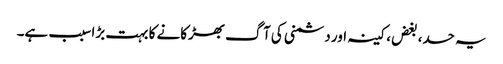
یہ حسد، بغض، کینہ اور دشمنی کی آگ بھڑکانے کا بہت بڑا سبب ہے۔